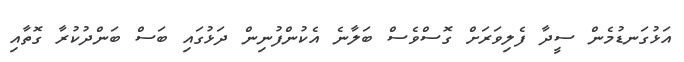
އަޅުގަނޑުމެން ސީދާ ފެލިވަރަށް ގޮސްވެސް ބަލާނެ އެކުންފުނިން ދަޅުގައި ބަސް ބަންދުކުރާ ގޮތާއި